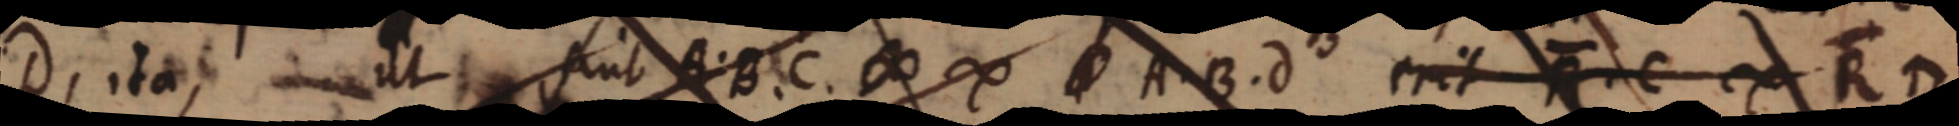
D, ita, ut sint A B. C. ∞ ∞ A. B. d erit _ . C ∞ R D